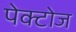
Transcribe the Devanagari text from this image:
पेक्टोज